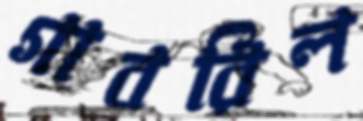
গাবরিল